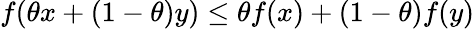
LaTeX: f(\theta x+(1-\theta)y)\leq\theta f(x)+(1-\theta)f(y)